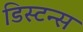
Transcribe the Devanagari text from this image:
डिस्टन्स